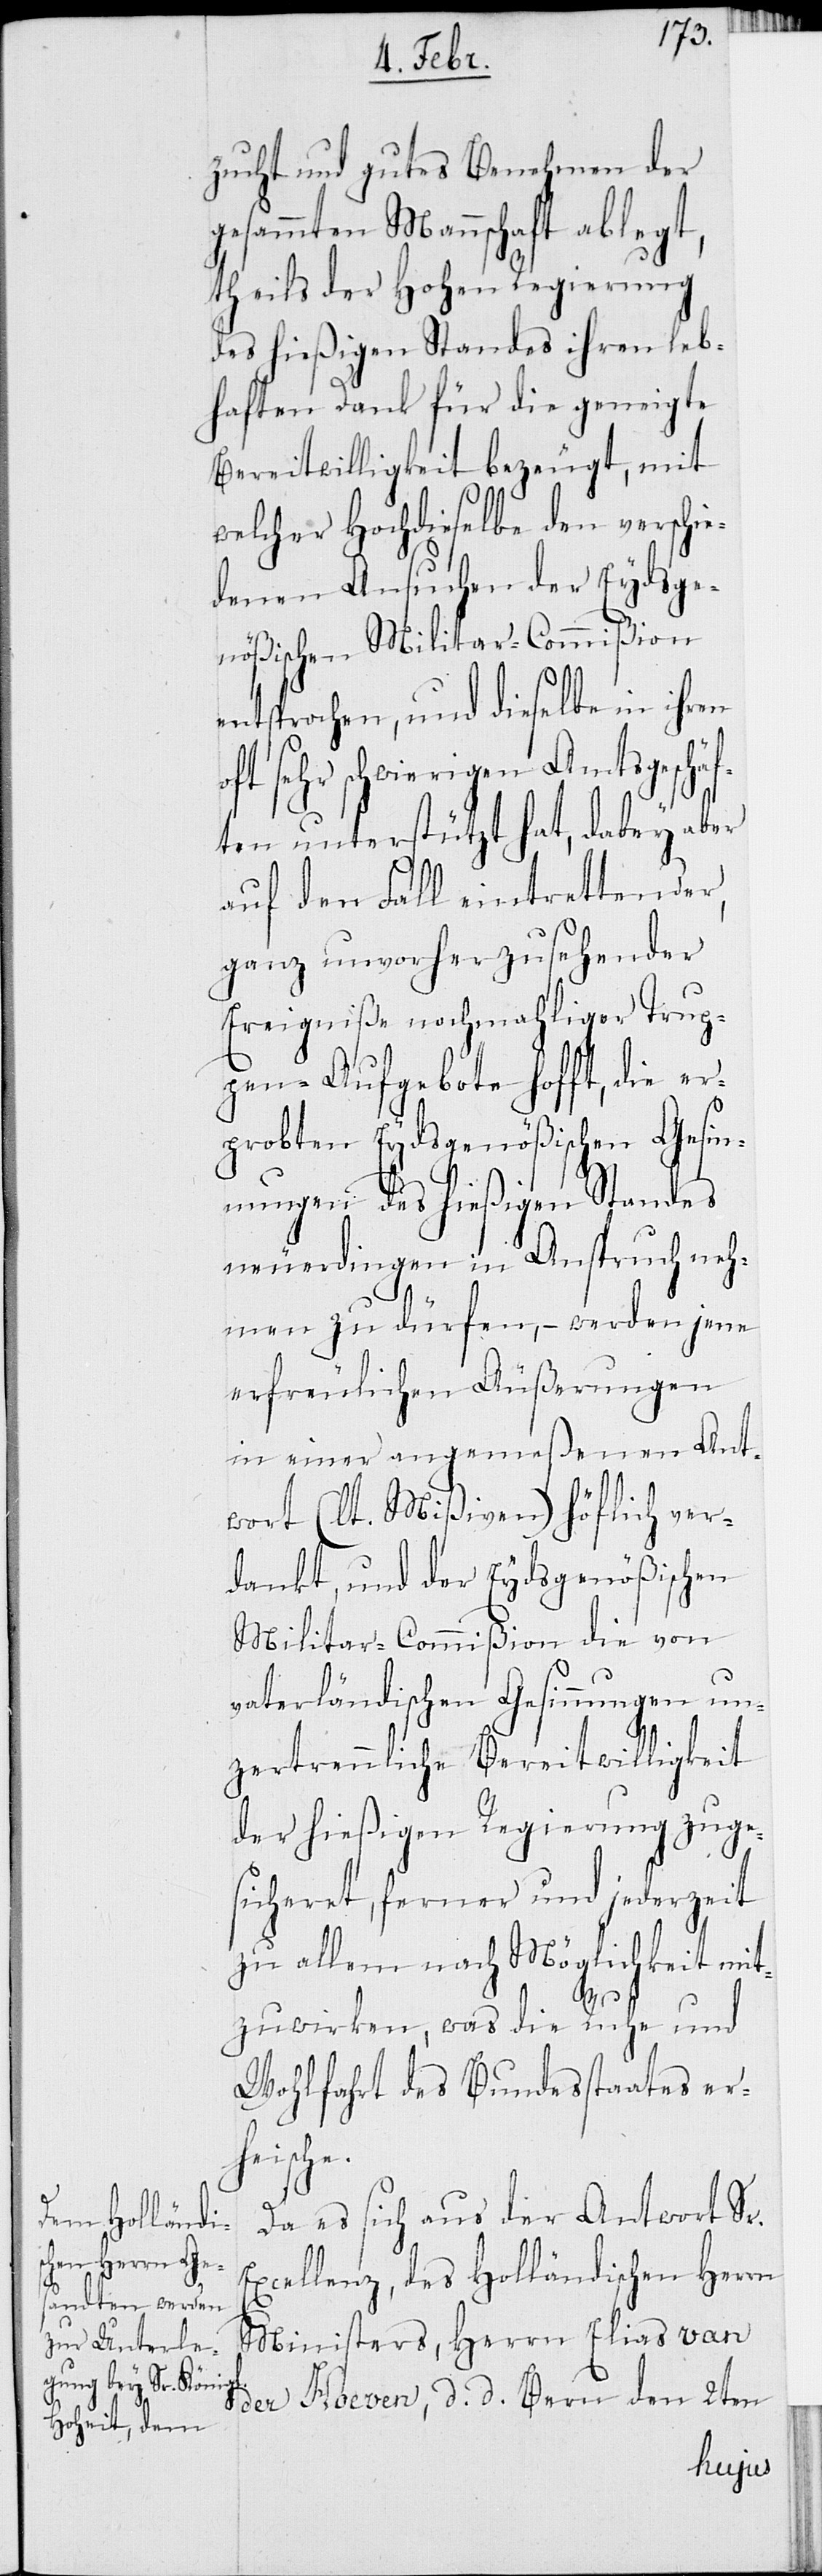
zucht und gutes Benehmen der
gesammten Mannschaft ablegt,
theils der Hohen Regierung
des hießigen Standes ihren leb¬
haften Dank für die geneigte
Bereitwilligkeit bezeugt, mit
welcher Hochdieselben den verschi¬
edenen Ansuchen der Eydsge¬
nößischen Militar-Commißion
entsprachen, und dieselbe in ihren
oft sehr schwierigen Amtsgeschäf¬
ten unterstützt hat, dabey aber
auf den Fall eintrettender,
ganz unvorherzusehender
Ereigniße nochmahliger Trup¬
pen-Aufgebote hofft, die er¬
probten Eydsgenößischen Gesin¬
nungen des hießigen Standes
neuerdingen in Anspruch neh¬
men zu dürfen, – werden jene
erfreulichen Äußerungen
in einer angemeßenen Ant¬
wort (lt. Mißiven) höflich ver¬
dankt, und der Eydsgenößischen
Militar-Commißion die von
vaterländischen Gesinnungen un¬
zertrennliche Bereitwilligkeit,
der hießigen Regierung zuge¬
sicheret, ferner und jederzeit
zu allem nach Möglichkeit mit¬
zuwirken, was die Ruhe und
Wohlfahrt des Bundesstaates er¬
heische.
Da es sich aus der Antwort Sr.
Excellenz, des Holländischen Herrn
Ministers, Herrn Elias van
der Hoeven, d. d. Bern den 2ten